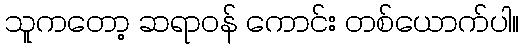
သူကတော့ ဆရာဝန် ကောင်း တစ်ယောက်ပါ။